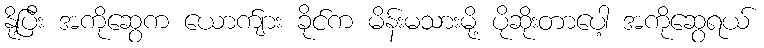
နို့ပြီး အကိုဆွေက ယောက်ျား ခိုင်က မိန်းမသားမို့ ပိုဆိုးတာပေါ့ အကိုဆွေရယ်